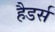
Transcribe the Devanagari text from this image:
हैडर्स